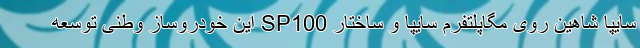
سایپا شاهین روی مگاپلتفرم سایپا و ساختار SP100 این خودروساز وطنی توسعه